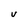
Character: V